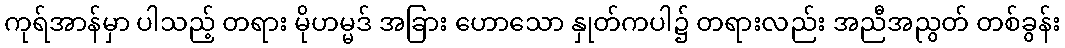
ကုရ်အာန်မှာ ပါသည့် တရား မိုဟမ္မဒ် အခြား ဟောသော နှုတ်ကပါ၌ တရားလည်း အညီအညွတ် တစ်ခွန်း